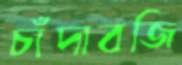
চাঁদাবজি